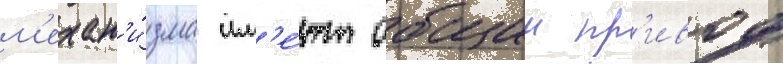
м'ехан'и́зма им'е́ют общии пр'ивод